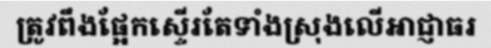
ត្រូវពឹងផ្អែកស្ទើរតែទាំងស្រុងលើអាជ្ញាធរ